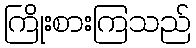
ကြိုးစားကြသည်